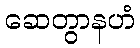
ဆေတွာနဟံ